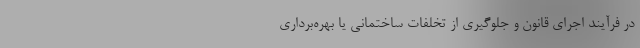
در فرآیند اجرای قانون و جلوگیری از تخلفات ساختمانی یا بهره‌برداری